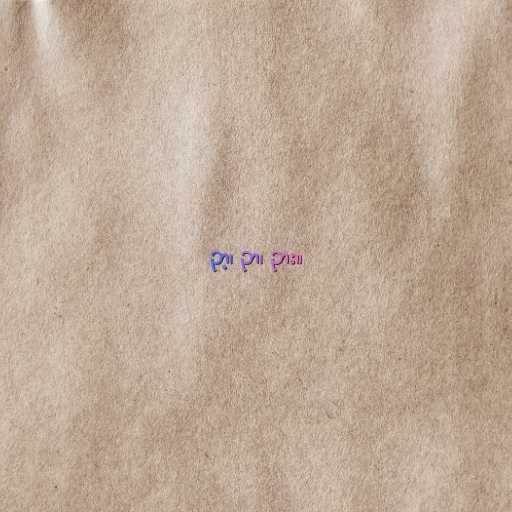
ဉာ့၊ ဉာ၊ ဉား။